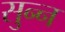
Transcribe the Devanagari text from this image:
सुन्‍न